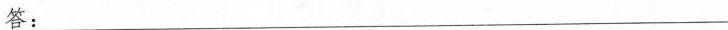
答：___